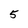
Character: 5